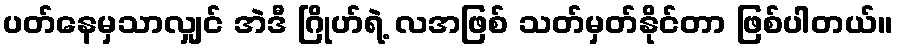
ပတ်နေမှသာလျှင် အဲဒီ ဂြိုဟ်ရဲ့ လအဖြစ် သတ်မှတ်နိုင်တာ ဖြစ်ပါတယ်။